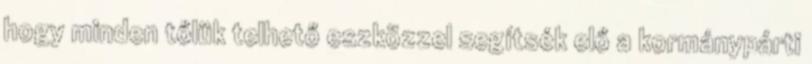
hogy minden tőlük telhető eszközzel segítsék elő a kormánypárti